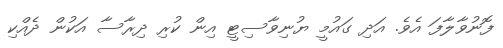
ފޮނުވާލާފަ އެވެ. އަދި ގައުމީ ޔުނިވާސިޓީ އިން ކުރި ދިރާސާ އަކުން ދެއްކި